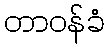
တာဝန်ခံ